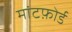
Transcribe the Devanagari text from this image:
मांटफ़ोर्ड